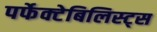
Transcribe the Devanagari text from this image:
पर्फेक्टेबिलिस्ट्स